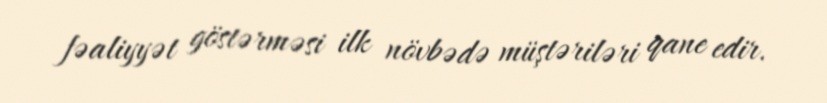
fəaliyyət göstərməsi ilk növbədə müştəriləri qane edir.